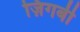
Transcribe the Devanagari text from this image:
ज़िगबी